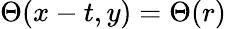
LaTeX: \Theta(x-t,y)=\Theta(r)